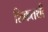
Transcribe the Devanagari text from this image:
शिकतथी